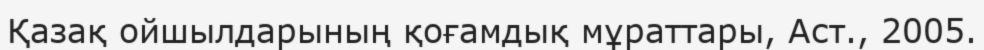
Қазақ ойшылдарының қоғамдық мұраттары, Аст., 2005.